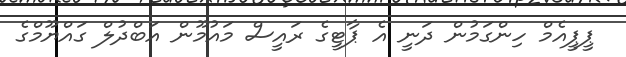
ޕީޕީއެމް ހިންގަމުން ދަނީ އެ ޕާޓީގެ ރައީސް މައުމޫން އަބްދުލް ގައްޔޫމްގެ